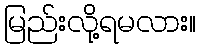
မြည်းလို့ရမလား။